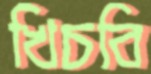
খিচবি